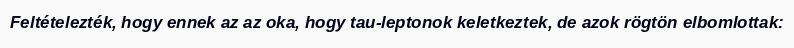
Feltételezték, hogy ennek az az oka, hogy tau-leptonok keletkeztek, de azok rögtön elbomlottak: